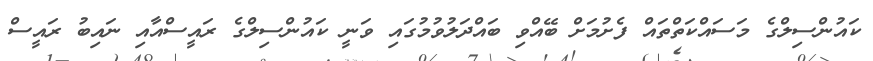
ކައުންސިލްގެ މަސައްކަތްތައް ފެށުމަށް ބޭއްވި ބައްދަލުވުމުގައި ވަނީ ކައުންސިލްގެ ރައީސްއާއި ނައިބު ރައީސް